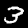
Digit: 3